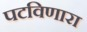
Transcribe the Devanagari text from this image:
पटविणारा